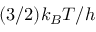
( 3 / 2 ) k _ { B } T / h